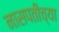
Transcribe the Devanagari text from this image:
नासपतीच्या